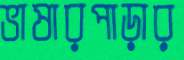
ভাষারপাড়ার